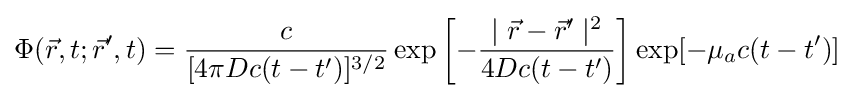
\Phi ({\vec {r}},t;{\vec {r}}',t)={\frac {c}{[4\pi Dc(t-t')]^{3/2}}}\exp \left[-{\frac {\mid {\vec {r}}-{\vec {r}}'\mid ^{2}}{4Dc(t-t')}}\right]\exp[-\mu _{a}c(t-t')]